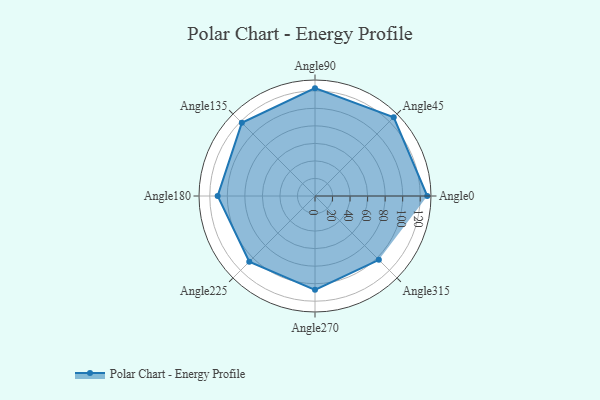
{"axis": {"x": "Angle", "y": "Radius"}, "legend": [""], "data": [{"x": "Angle0", "y": 128.0, "type": ""}, {"x": "Angle45", "y": 127.0, "type": ""}, {"x": "Angle90", "y": 123.0, "type": ""}, {"x": "Angle135", "y": 118.0, "type": ""}, {"x": "Angle180", "y": 111.0, "type": ""}, {"x": "Angle225", "y": 106.0, "type": ""}, {"x": "Angle270", "y": 107.0, "type": ""}, {"x": "Angle315", "y": 103.0, "type": ""}]}